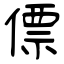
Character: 僄